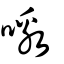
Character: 噭